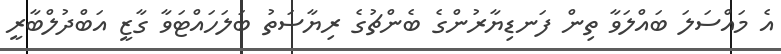
އެ މައްސަލަ ބައްލަވާ ތިން ފަނޑިޔާރުންގެ ބެންޗުގެ ރިޔާސަތު ބަލަހައްޓަވާ ގާޒީ އަބްދުލްބާރީ